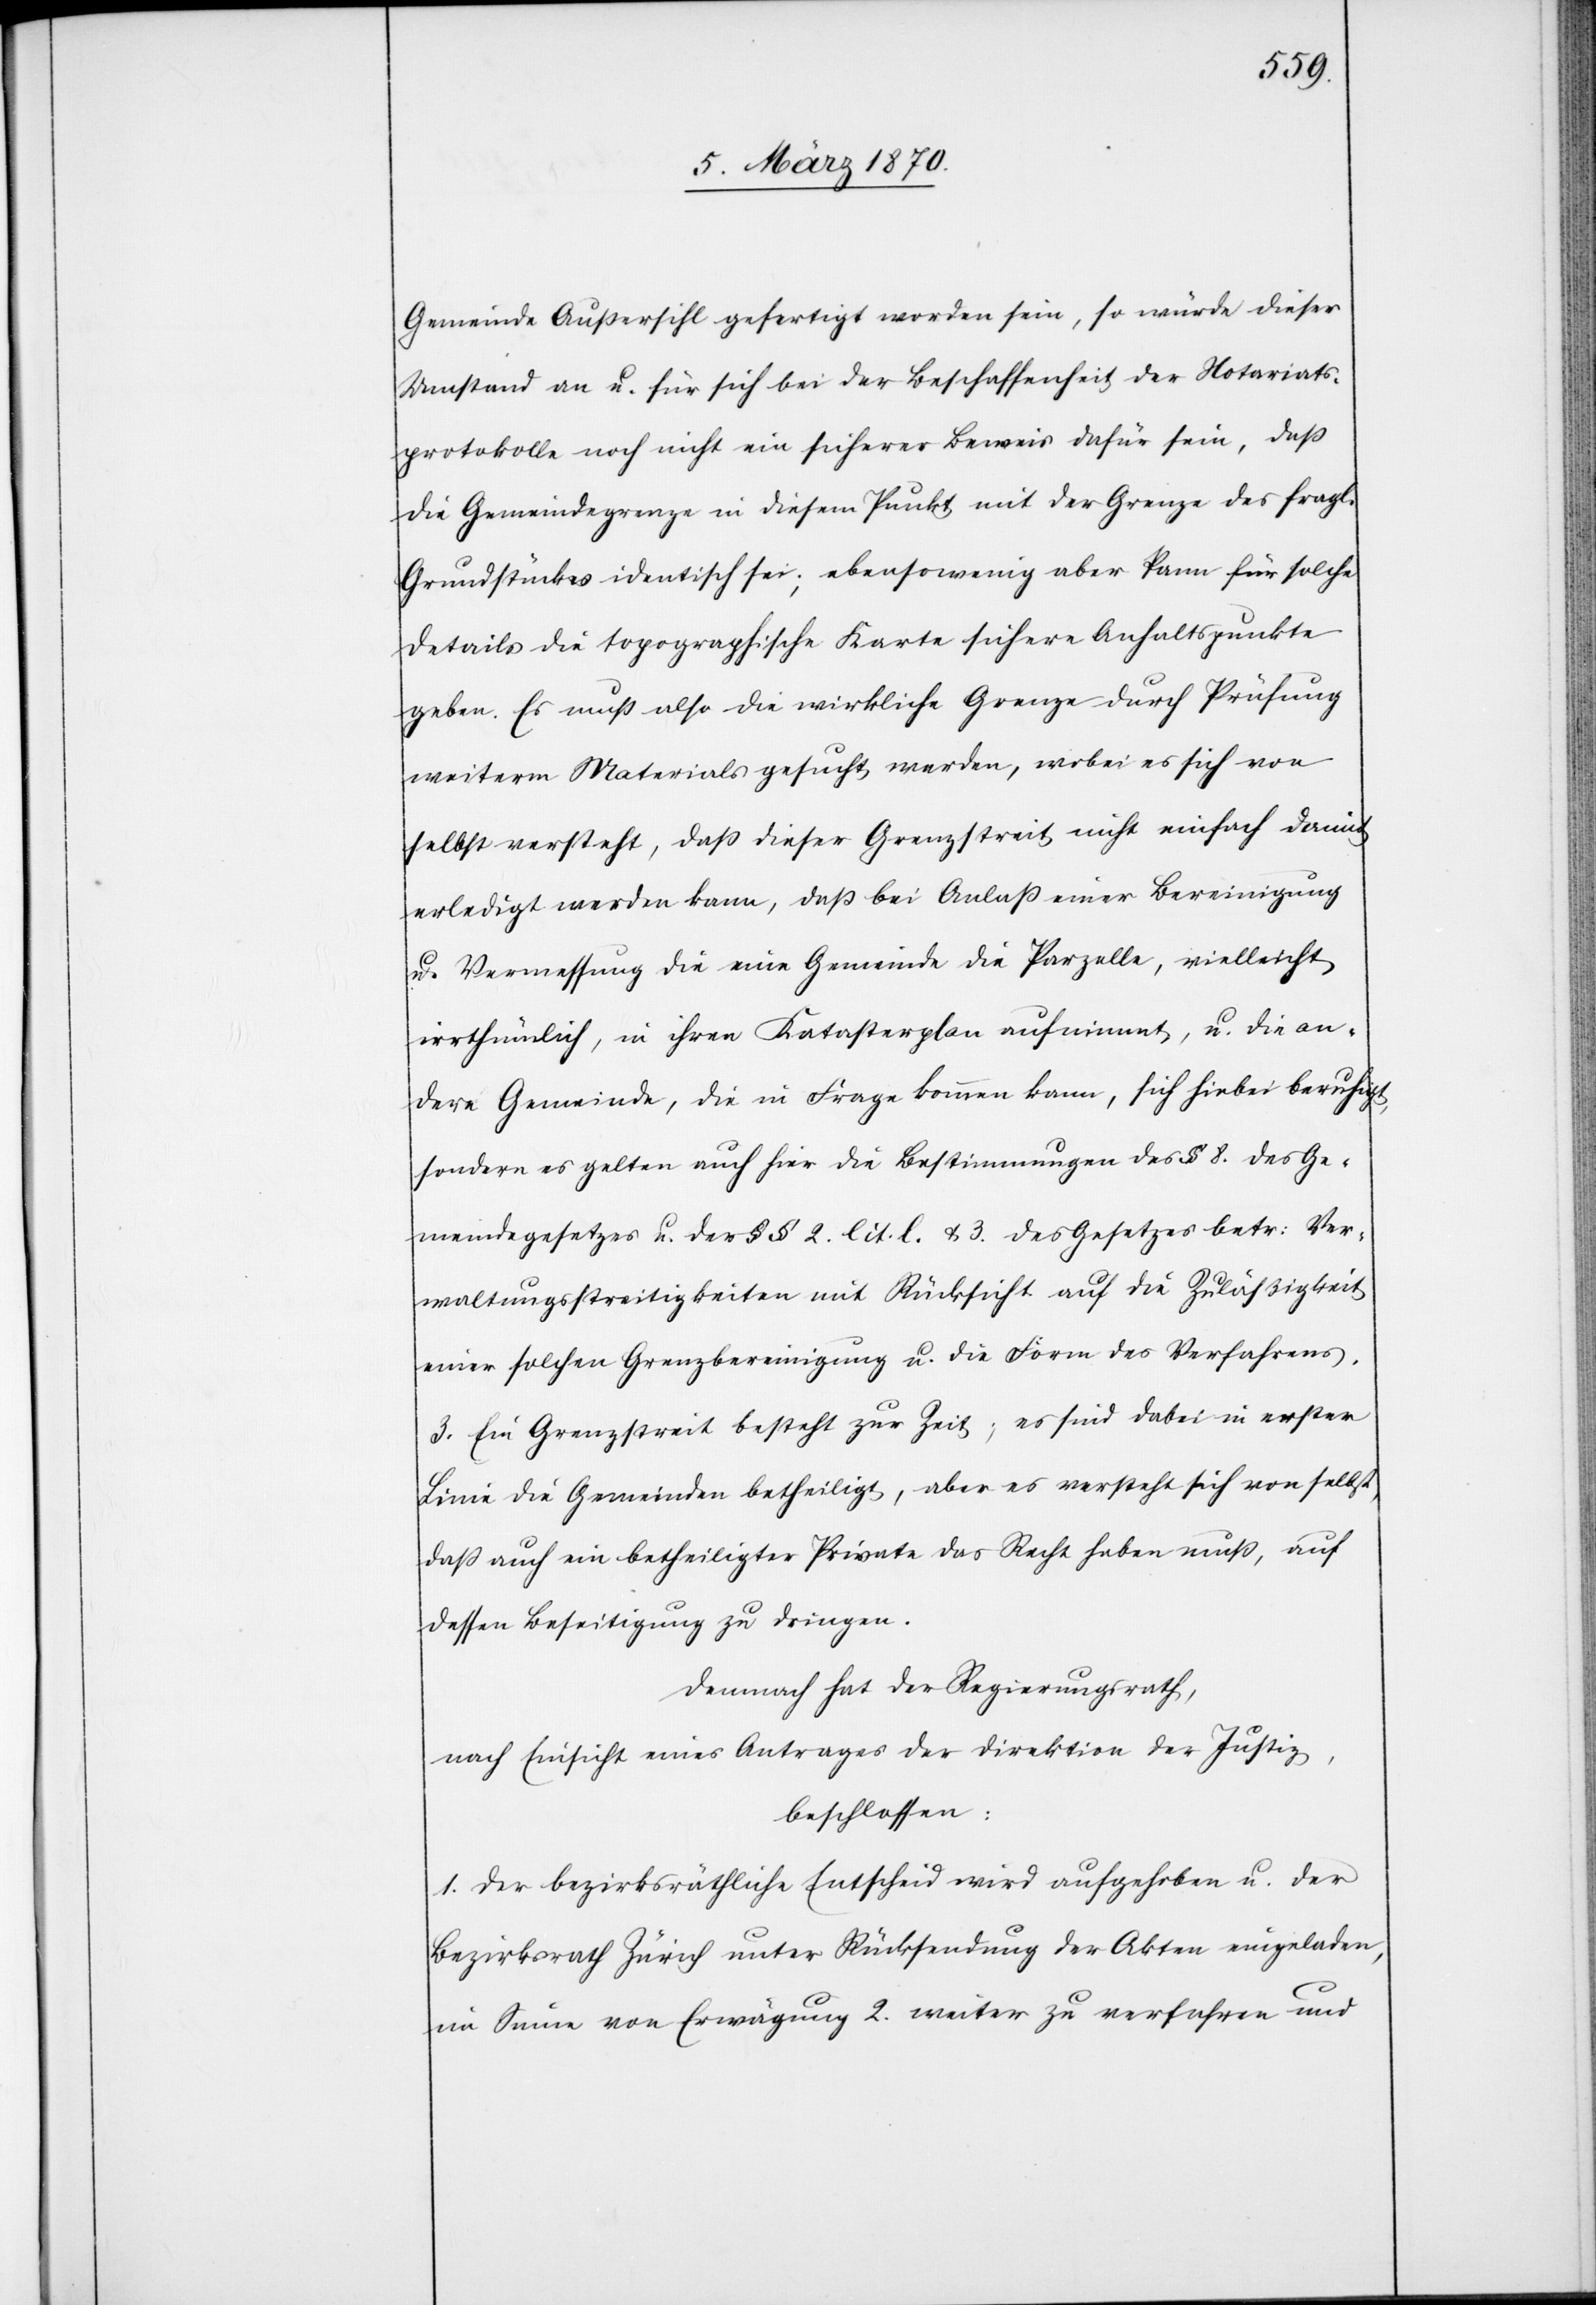
Gemeinde Außersihl gefertigt worden sein, so würde dieser
Umstand an u. für sich bei der Beschaffenheit der Notariats¬
protokolle noch nicht ein sicherer Beweis dafür sein, daß
die Gemeindegrenze in diesem Punkt mit der Grenze des fragl.
Grundstückes identisch sei; ebensowenig aber kann für solche
Details die topographische Karte sichere Anhaltspunkte
geben. Es muß also die wirkliche Grenze durch Prüfung
weiterm [sic!] Materials gesucht werden, wobei es sich von
selbst versteht, daß dieser Grenzstreit nicht einfach damit
erledigt werden kann, daß bei Anlaß einer Bereinigung
u. Vermessung die eine Gemeinde die Parzelle, vielleicht
irrthümlich, in ihren Katasterplan aufnimmt, u. die an¬
dere Gemeinde, die in Frage kommen kann, sich hiebei beruhigt,
sondern es gelten auch hier die Bestimmungen des § 8. des Ge¬
meindegesetzes u. der §§ 2. lit. l. & 3. des Gesetzes betr: Ver¬
waltungsstreitigkeiten mit Rücksicht auf die Zuläßigkeit
einer solchen Grenzbereinigung u. die Form des Verfahrens.
3. Ein Grenzstreit besteht zur Zeit; es sind dabei in erster
Linie die Gemeinden betheiligt, aber es versteht sich von selbst,
daß auch ein betheiligter Privater das Recht haben muß, auf
dessen Beseitung zu dringen.
Demnach hat der Regierungsrath,
nach Einsicht eines Antrages der Direktion der Justiz,
beschlossen,
1. Der bezirksräthliche Entscheid wird aufgehoben u. der
Bezirksrath Zürich unter Rücksendung der Akten eingeladen,
im Sinne von Erwägung 2. weiter zu verfahren und